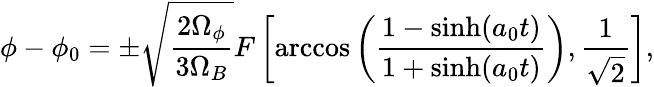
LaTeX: \phi-\phi_{0}=\pm\sqrt{\frac{2\Omega_{\phi}}{3\Omega_{B}}}F\left[\operatorname{arccos}\left(\frac{1-\sinh(a_{0}t)}{1+\sinh(a_{0}t)}\right),\frac{1}{\sqrt{2}}\right],